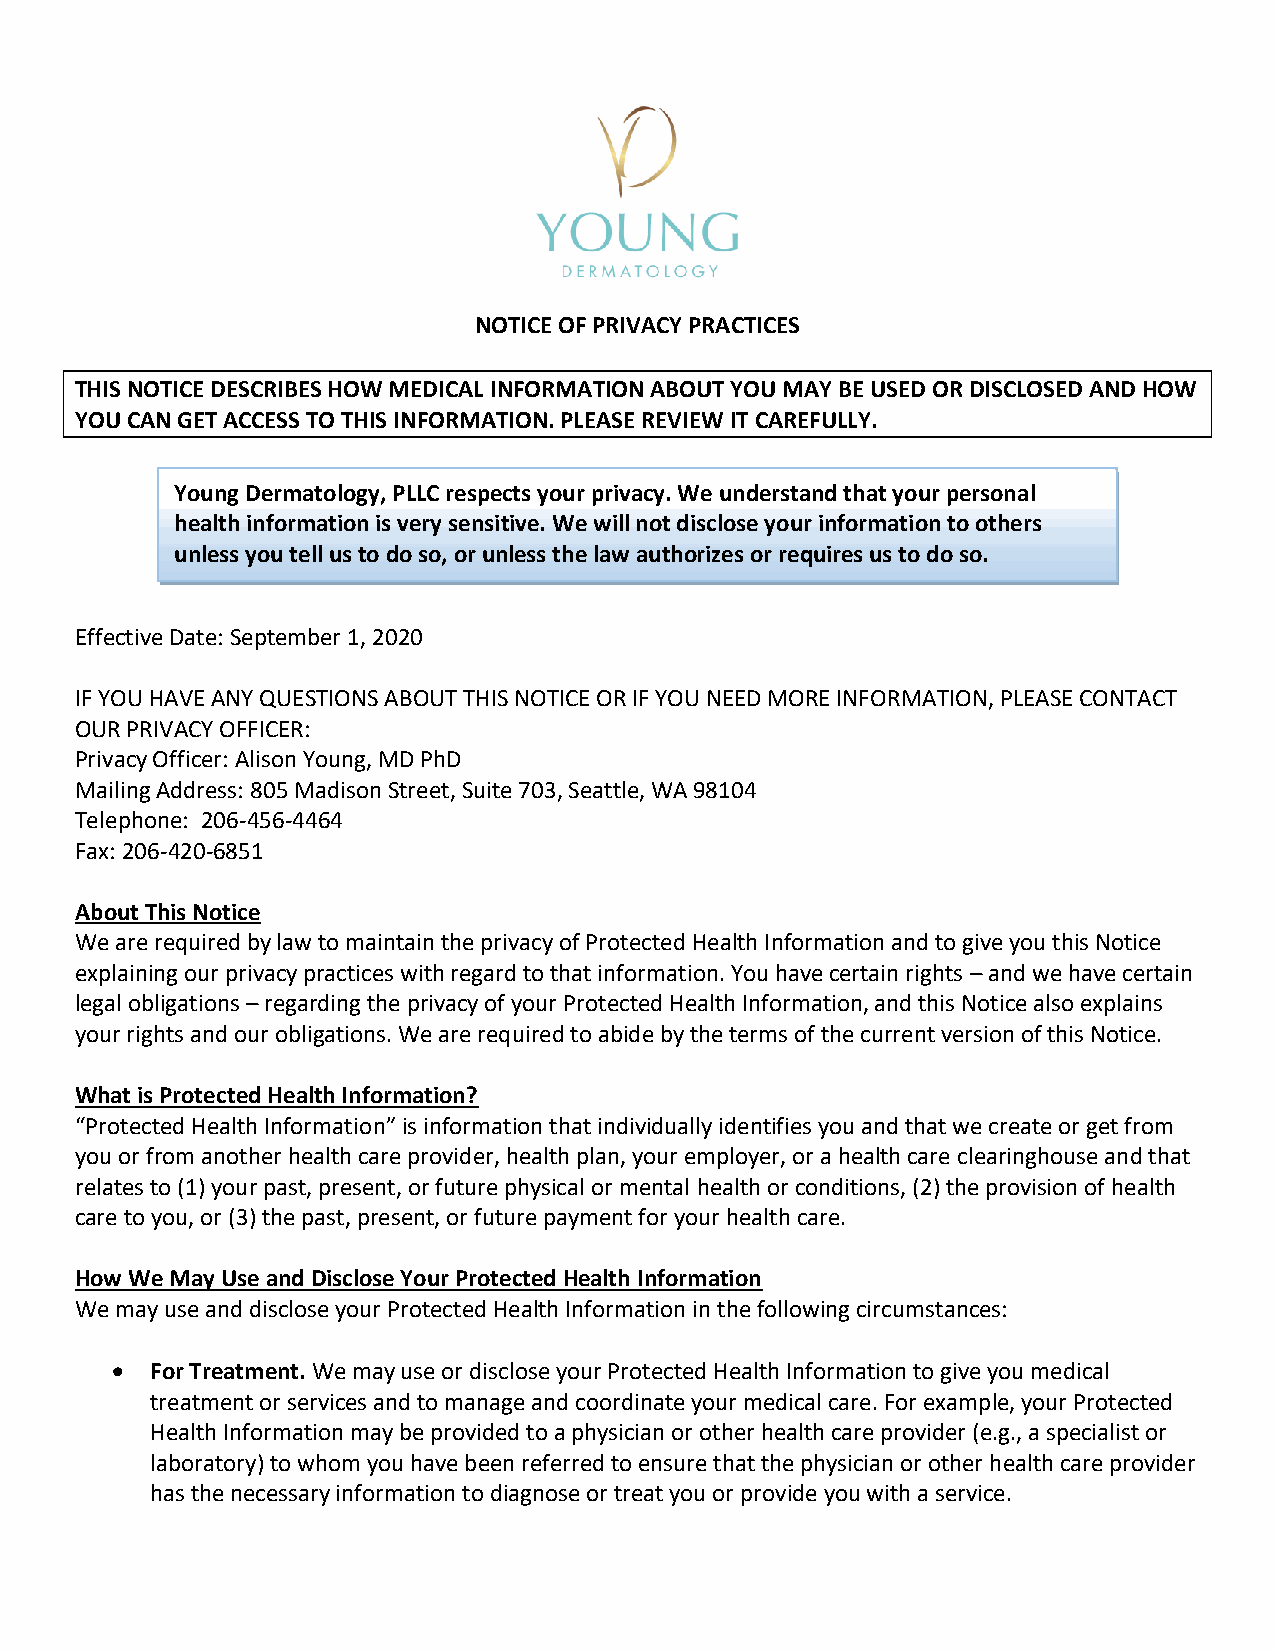
NOTICE OF PRIVACY PRACTICES
 THIS NOTICE DESCRIBES HOW MEDICAL INFORMATION ABOUT YOU MAY BE USED OR DISCLOSED AND HOW
 YOU CAN GET ACCESS TO THIS INFORMATION. PLEASE REVIEW IT CAREFULLY.
 Young Dermatology, PLLC respects your privacy. We understand that your personal
 health information is very sensitive. We will not disclose your information to others
 unless you tell us to do so, or unless the law authorizes or requires us to do so.
 Effective Date: September 1, 2020
 IF YOU HAVE ANY QUESTIONS ABOUT THIS NOTICE OR IF YOU NEED MORE INFORMATION, PLEASE CONTACT
 OUR PRIVACY OFFICER:
 Privacy Officer: Alison Young, MD PhD
 Mailing Address: 805 Madison Street, Suite 703, Seattle, WA 98104
 Telephone: 206-456-4464
 Fax: 206-420-6851
 About This Notice
 We are required by law to maintain the privacy of Protected Health Information and to give you this Notice
 explaining our privacy practices with regard to that information. You have certain rights – and we have certain
 legal obligations – regarding the privacy of your Protected Health Information, and this Notice also explains
 your rights and our obligations. We are required to abide by the terms of the current version of this Notice.
 What is Protected Health Information?
 “Protected Health Information” is information that individually identifies you and that we create or get from
 you or from another health care provider, health plan, your employer, or a health care clearinghouse and that
 relates to (1) your past, present, or future physical or mental health or conditions, (2) the provision of health
 care to you, or (3) the past, present, or future payment for your health care.
 How We May Use and Disclose Your Protected Health Information
 We may use and disclose your Protected Health Information in the following circumstances:
 •  For Treatment. We may use or disclose your Protected Health Information to give you medical
 treatment or services and to manage and coordinate your medical care. For example, your Protected
 Health Information may be provided to a physician or other health care provider (e.g., a specialist or
 laboratory) to whom you have been referred to ensure that the physician or other health care provider
 has the necessary information to diagnose or treat you or provide you with a service.